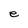
Character: e